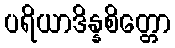
ပရိယာဒိန္နစိတ္တော